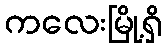
ကလေးမြို့ရှိ